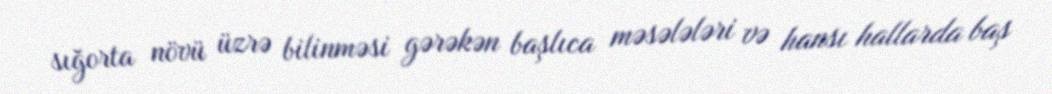
sığorta növü üzrə bilinməsi gərəkən başlıca məsələləri və hansı hallarda baş